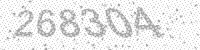
Solution: 268304